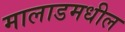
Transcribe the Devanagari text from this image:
मालाडमधील